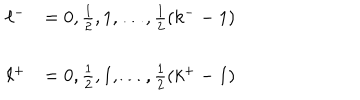
\begin{array} { l l } { { \ell ^ { - } } } & { { = 0 , \frac { 1 } { 2 } , 1 , \dots , \frac { 1 } { 2 } ( k ^ { - } - 1 ) } } \\ { { } } & { { } } \\ { { \ell ^ { + } } } & { { = 0 , \frac { 1 } { 2 } , 1 , \ldots , \frac { 1 } { 2 } ( k ^ { + } - 1 ) } } \\ \end{array}